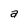
Character: a